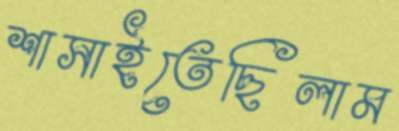
শাসাইতেছিলাম